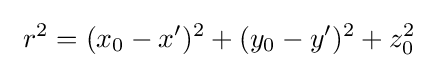
~r^{2}=(x_{0}-x')^{2}+(y_{0}-y')^{2}+z_{0}^{2}